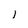
Character: l